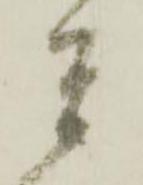
其